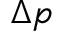
\Delta p